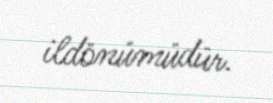
ildönümüdür.